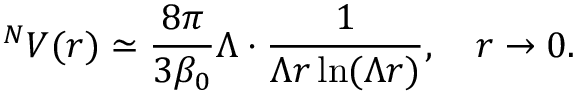
^ N V ( r ) \simeq \frac { 8 \pi } { 3 \beta _ { 0 } } \Lambda \cdot \frac { 1 } { \Lambda r \ln ( \Lambda r ) } , \quad r \to 0 .